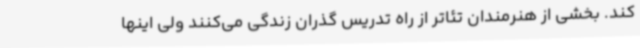
کند. بخشی از هنرمندان تئاتر از راه تدریس گذران زندگی می‌کنند ولی اینها